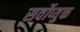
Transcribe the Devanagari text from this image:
सर्वोप्युक्त